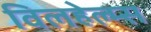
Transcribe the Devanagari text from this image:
विलहेल्म्स